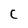
Character: C